Annual report of the Civil Veterinary Department, Bengal, for the year 1898-99 - 1898-1899
Year: 1898
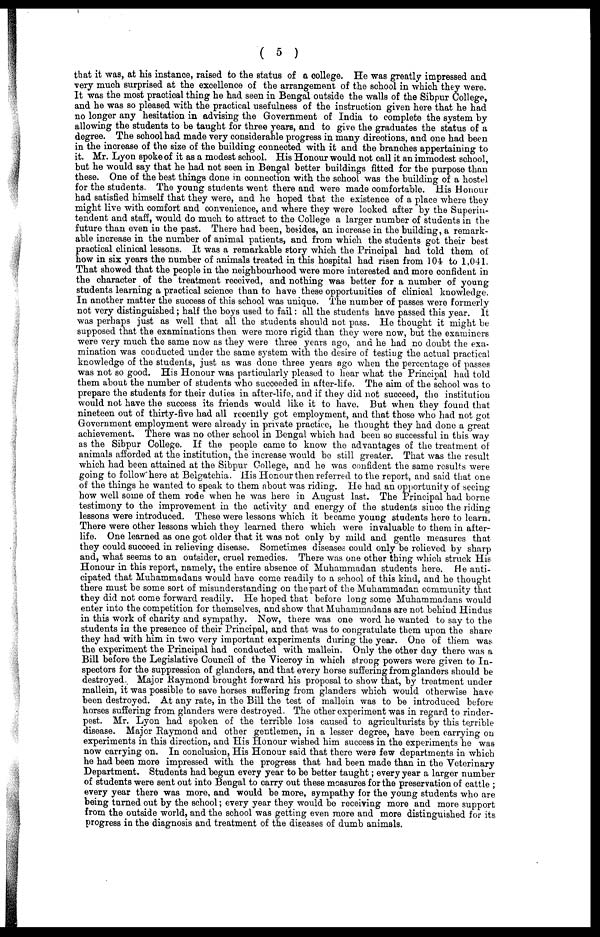
( 5 )
that it was, at his instance, raised to the status of a college. He was greatly impressed and
very much surprised at the excellence of the arrangement of the school in which they were.
It was the most practical thing he had seen in Bengal outside the walls of the Sibpur College,
and he was so pleased with the practical usefulness of the instruction given here that he had
no longer any hesitation in advising the Government of India to complete the system by
allowing the students to be taught for three years, and to give the graduates the status of a
degree. The school had made very considerable progress in many directions, and one had been
in the increase of the size of the building connected with it and the branches appertaining to
it. Mr. Lyon spoke of it as a modest school. His Honour would not call it an immodest school,
but he would say that he had not seen in Bengal better buildings fitted for the purpose than
these. One of the best things done in connection with the school was the building of a hostel
for the students. The young students went there and were made comfortable. His Honour
had satisfied himself that they were, and he hoped that the existence of a place where they
might live with comfort and convenience, and where they were looked after by the Superin-
tendent and staff, would do much to attract to the College a larger number of students in the
future than even in the past. There had been, besides, an increase in the building, a remark-
able increase in the number of animal patients, and from which the students got their best
practical clinical lessons. It was a remarkable story which the Principal had told them of
how in six years the number of animals treated in this hospital had risen from 104 to 1,041.
That showed that the people in the neighbourhood were more interested and more confident in
the character of the treatment received, and nothing was better for a number of young
students learning a practical science than to have these opportunities of clinical knowledge.
In another matter the success of this school was unique. The number of passes were formerly
not very distinguished; half the boys used to fail: all the students have passed this year. It
was perhaps just as well that all the students should not pass. He thought it might be
supposed that the examinations then were more rigid than they were now, but the examiners
were very much the same now as they were three years ago, and he had no doubt the exa-
mination was conducted under the same system with the desire of testing the actual practical
knowledge of the students, just as was done three years ago when the percentage of passes
was not so good. His Honour was particularly pleased to hear what the Principal had told
them about the number of students who succeeded in after-life. The aim of the school was to
prepare the students for their duties in after-life, and if they did not succeed, the institution
would not have the success its friends would like it to have. But when they found that
nineteen out of thirty-five had all recently got employment, and that those who had not got
Government employment were already in private practice, he thought they had done a great
achievement. There was no other school in Bengal which had been so successful in this way
as the Sibpur College. If the people came to know the advantages of the treatment of
animals afforded at the institution, the increase would be still greater. That was the result
which had been attained at the Sibpur College, and he was confident the same results were
going to follow" here at Belgatchia. His Honour then referred to the report, and said that one
of the things he wanted to speak to them about was riding. He had an opportunity of seeing
how well some of them rode when he was here in August last. The Principal had borne
testimony to the improvement in the activity and energy of the students since the riding
lessons were introduced. These were lessons which it became young students here to learn.
There were other lessons which they learned there which were invaluable to them in after-
life. One learned as one got older that it was not only by mild and gentle measures that
they could succeed in relieving disease. Sometimes diseases could only be relieved by sharp
and, what seems to an outsider, cruel remedies. There was one other thing which struck His
Honour in this report, namely, the entire absence of Muhammadan students here. He anti-
cipated that Muhammadans would have come readily to a school of this kind, and he thought
there must be some sort of misunderstanding on the part of the Muhammadan community that
they did not come forward readily. He hoped that before long some Muhammadans would
enter into the competition for themselves, and show that Muhammadans are not behind Hindus
in this work of charity and sympathy. Now, there was one word he wanted to say to the
students in the presence of their Principal, and that was to congratulate them upon the share
they had with him in two very important experiments during the year. One of them was
the experiment the Principal had conducted with mallein. Only the other day there was a
Bill before the Legislative Council of the Viceroy in which strong powers were given to In-
spectors for the suppression of glanders, and that every horse suffering from glanders should be
destroyed Major Raymond brought forward his proposal to show that, by treatment under
mallein, it was possible to save horses suffering from glanders which would otherwise have
been destroyed. At any rate, in the Bill the test of mallein was to be introduced before
horses suffering from glanders were destroyed. The other experiment was in regard to rinder-
pest. Mr. Lyon had spoken of the terrible loss caused to agriculturists by this terrible
disease. Major Raymond and other gentlemen, in a lesser degree, have been carrying on
experiments in this direction, and His Honour wished him success in the experiments he was
now carrying on. In conclusion, His Honour said that there were few departments in which
he had been more impressed with the progress that had been made than in the Veterinary
Department. Students had begun every year to be better taught; every year a larger number
of students were sent out into Bengal to carry out these measures for the preservation of cattle ;
every year there was more, and would be more, sympathy for the young students who are
being turned out by the school; every year they would be receiving more and more support
from the outside world, and the school was getting even more and more distinguished for its
progress in the diagnosis and treatment of the diseases of dumb animals.